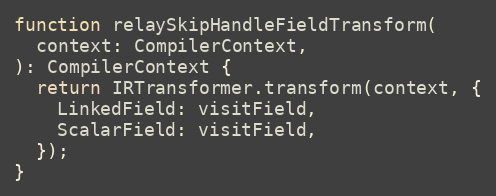
Language: JavaScript
function relaySkipHandleFieldTransform(
  context: CompilerContext,
): CompilerContext {
  return IRTransformer.transform(context, {
    LinkedField: visitField,
    ScalarField: visitField,
  });
}